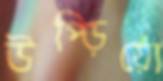
উপ্‌ড়িয়ো